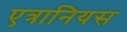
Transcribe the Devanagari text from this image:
एत्रानियस